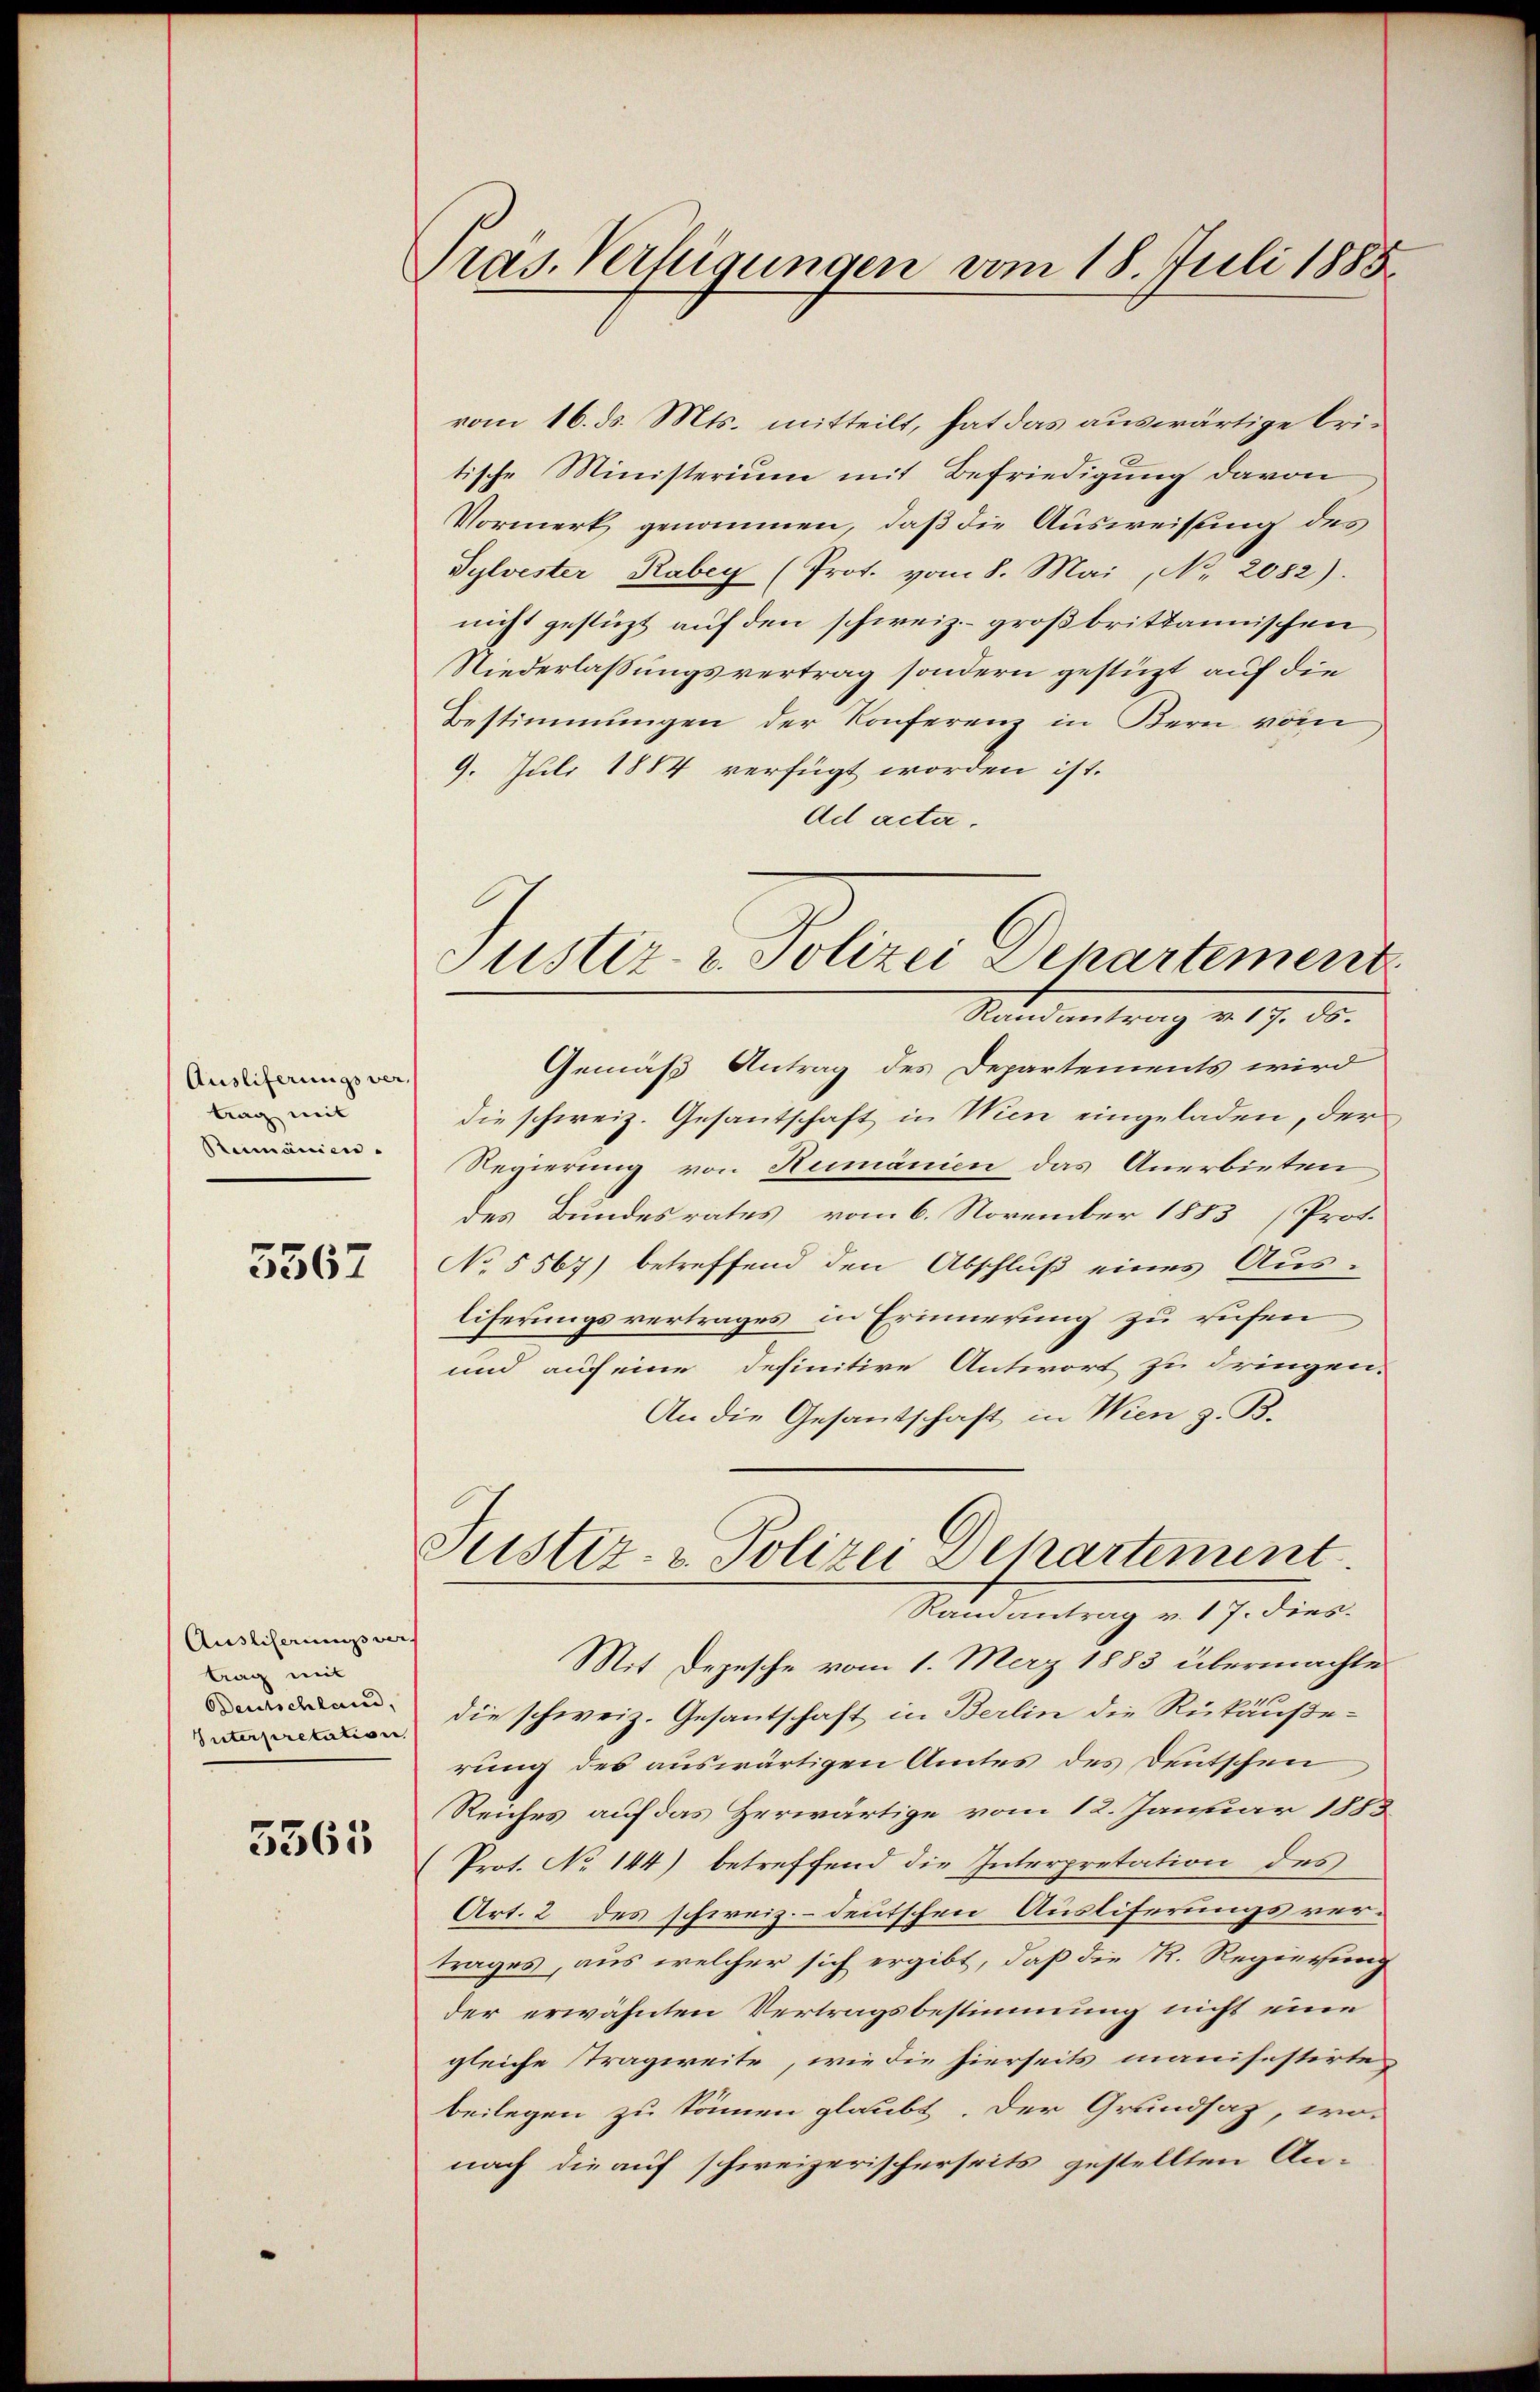
Auslieferungsver-
trag mit
Reimänien.

5567

Ausliferungsvers
trag mit
Deutschland,
Interpretation

5565

Pras. Verfügungen vom 18. Juli 1885.

vom 16. ds. Mts. mitteilt, hat das auswärtige Critische Ministerium mit Befriedigung davon
Vormerk genommen, daß die Ausweisung des
Sylvester Rabey (Prot. vom 8. Mai, Nr. 2082).
nicht gestüzt auf den schweiz. großbrittannischen
Niederlassungsvertrag sondern gestüzt auf die
Bestimmungen der Konferenz in Kern vom
9. Juli 1884 verfügt worden ist.
Ad acta.
Standentrag v. 19. ds.
Gemäß Antrag des Departements wird
die schweiz. Gesantschaft in Wien eingeladen, der
Regierung von Rumänien das Anerbieten
des Bundesrates vom 6. November 1883 (Prot.
No 5567) betreffend den Abschluß eines Aus-
liferungsvertrages in Erinnerung zu rufen
und auf eine definitive Antwort zu dringen.
An die Gesandtschaft in Wien z. B.
Justiz- & Polizei Departement
Ranantrag v. 17. dies
Mit Depesche vom 1. März 1883 übermachte
die schweiz. Gesantschaft in Berlin die Rückäuße-
rung des auswärtigen Amtes des Deutschen
Reiches auf das Herwärtige vom 12. Januar 1883
Prot. No 144) betreffend die Interpretation des
Art. 2 des schweiz.- deutschen Ausliferungsvertrages, aus welcher sich ergibt, daß die R. Regierung
der erwähnten Vertragsbestimmung nicht eine
gleiche Tragweite, wie die hierseits manifestirte
beilegen zu können glaubt. Der Grundsaz, wo
nach die auf schweizerischerseits gestellten An-

Justiz- u. Polizei Departement